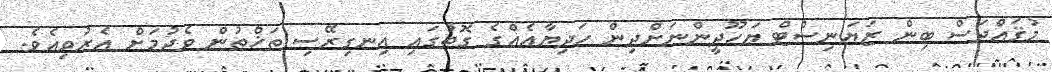
މުޤައްދަސް ބިން ޒަޔަނިސްޓް ޔަހޫދީންނަށްދިން ހަދިޔާއެއްގެ ގޮތުގައި އިނގިރޭސި ތަޚްތުން ވެދުމަށް އެރުވިއެވެ.